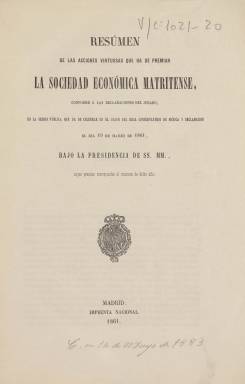
Título: Resumen de las acciones virtuosas que ha de premiar la Sociedad Económica Matritense
Otros títulos: Título: Resumen de las acciones virtusas premiadas por la Sociedad Económica Matritense, 1865
Colección: Anuarios e informes
Ámbito geográfico: Madrid
Lugar de publicación: Madrid
Fechas: 01/01/1861-31/12/1868